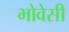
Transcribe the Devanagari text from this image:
भोवेसी